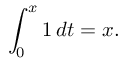
\int _ { 0 } ^ { x } 1 \, d t = x .